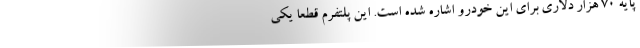
پایه 70 هزار دلاری برای این خودرو اشاره شده است. این پلتفرم قطعا یکی